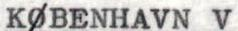
KØBENHAVN V